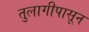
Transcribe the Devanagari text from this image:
तुलागीपासून